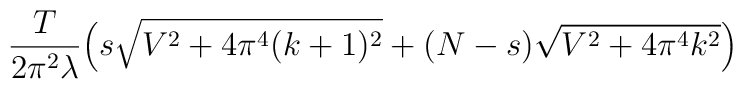
\frac{T}{2\pi^2\lambda} \Big( s\sqrt{V^2 +4\pi^4(k+1)^2} +(N-s)\sqrt{V^2+4\pi^4 k^2} \Big)